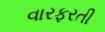
વારફરતી